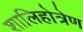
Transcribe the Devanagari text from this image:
शालिहोत्रेण